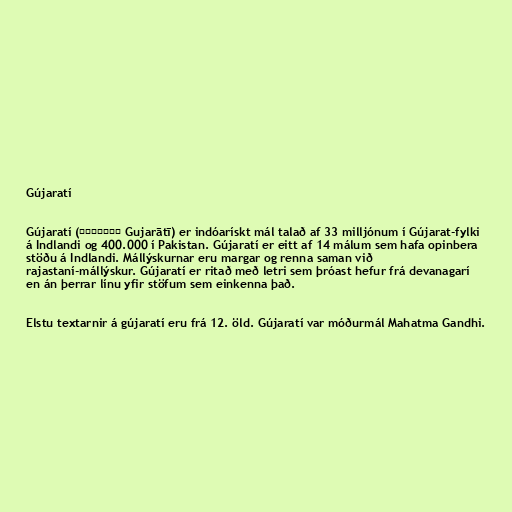
Gújaratí

Gújaratí (ગુજરાતી Gujarātī) er indóarískt mál talað af 33 milljónum í Gújarat-fylki
á Indlandi og 400.000 í Pakistan. Gújaratí er eitt af 14 málum sem hafa opinbera
stöðu á Indlandi. Mállýskurnar eru margar og renna saman við
rajastaní-mállýskur. Gújaratí er ritað með letri sem þróast hefur frá devanagarí
en án þerrar línu yfir stöfum sem einkenna það.

Elstu textarnir á gújaratí eru frá 12. öld. Gújaratí var móðurmál Mahatma Gandhi.